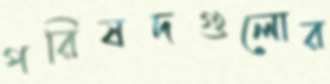
পরিষদগুলোর